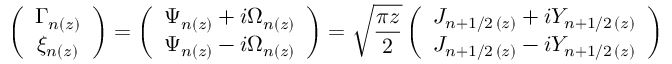
\left( \begin{array} { c c } { \Gamma _ { n ( z ) } } \\ { \xi _ { n ( z ) } } \end{array} \right) = \left( \begin{array} { c c } { \Psi _ { n ( z ) } + i \Omega _ { n ( z ) } } \\ { \Psi _ { n ( z ) } - i \Omega _ { n ( z ) } } \end{array} \right) = \sqrt { \frac { \pi z } { 2 } } \left( \begin{array} { c c } { J _ { n + 1 / 2 \, ( z ) } + i Y _ { n + 1 / 2 \, ( z ) } } \\ { J _ { n + 1 / 2 \, ( z ) } - i Y _ { n + 1 / 2 \, ( z ) } } \end{array} \right)